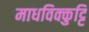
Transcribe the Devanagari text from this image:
माधविक्कुट्टि